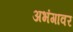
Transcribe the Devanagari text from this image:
अभंगावर